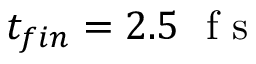
t _ { f i n } = 2 . 5 ~ \mathrm { ~ f ~ s ~ }